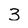
Character: 3